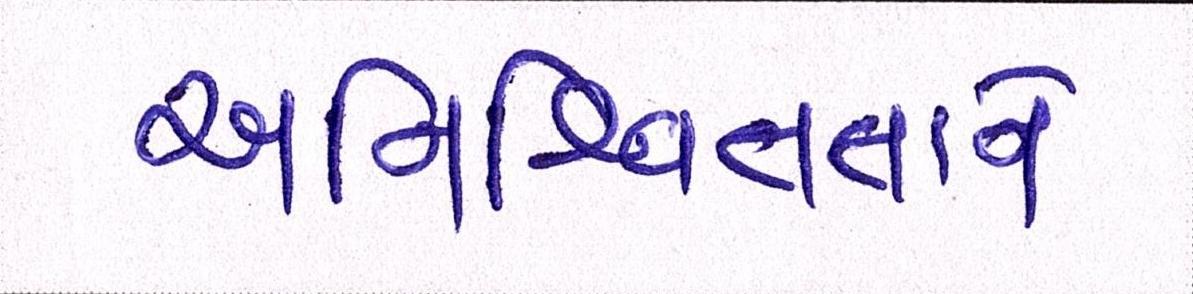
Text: અનિશ્ચિતતાને